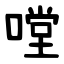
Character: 嘡